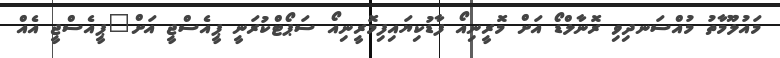
މައުލޫމާތު މުއްސަނދިވި ރޮނާލްޑޯ އަށް މޮރީނިއޯ ފާޑުކިޔައިފިމޮރީނިއޯ ސަޕޯޓްކުރަނީ ޕީއެސްޖީ އަށް"ޕީއެސްޖީ އެއް